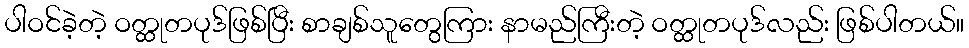
ပါဝင်ခဲ့တဲ့ ဝတ္ထုတပုဒ်ဖြစ်ပြီး စာချစ်သူတွေကြား နာမည်ကြီးတဲ့ ဝတ္ထုတပုဒ်လည်း ဖြစ်ပါတယ်။